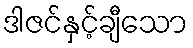
ဒါဇင်နှင့်ချီသော